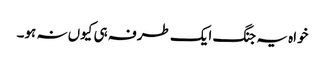
خواہ یہ جنگ ایک طرفہ ہی کیوں نہ ہو۔